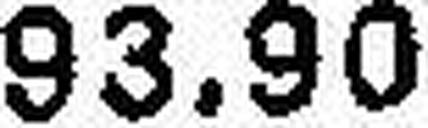
93.90